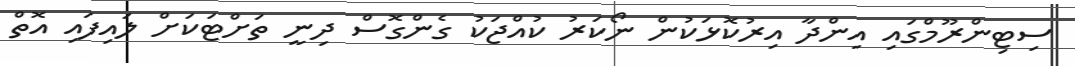
ސިޓިންރޫމްގައި އިންދާ އިރުކޮޅަކުން ނޯކަރު ކުއްޖަކު ގެންގޮސް ދިނީ ތަށްޓަކަށް ލައިފައި އޮތް